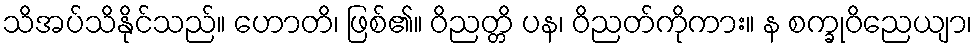
သိအပ်သိနိုင်သည်။ ဟောတိ၊ ဖြစ်၏။ ဝိညတ္တိ ပန၊ ဝိညတ်ကိုကား။ န စက္ခုဝိညေယျာ၊